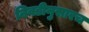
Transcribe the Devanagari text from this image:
निवडीनुसारच